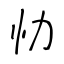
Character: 忇